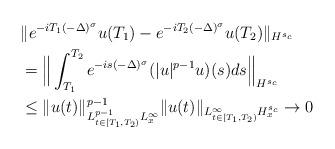
LaTeX: \begin{align*}&\|e^{-iT_1(-\Delta)^\sigma}u(T_1)-e^{-iT_2(-\Delta)^\sigma}u(T_2)\|_{H^{s_c}}\\&=\Big\|\int_{T_1}^{T_2} e^{-is(-\Delta)^\sigma}(|u|^{p-1}u)(s)ds\Big\|_{H^{s_c}}\\&\leq \|u(t)\|_{L_{t\in[T_1,T_2)}^{p-1}L_x^\infty}^{p-1}\|u(t)\|_{L_{t\in[T_1,T_2)}^\infty H_x^{s_c}}\to 0\end{align*}